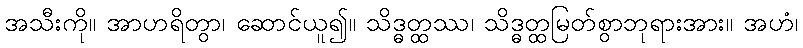
အသီးကို။ အာဟရိတွာ၊ ဆောင်ယူ၍။ သိဒ္ဓတ္ထဿ၊ သိဒ္ဓတ္ထမြတ်စွာဘုရားအား။ အဟံ၊